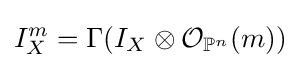
I_{X}^{m}=\Gamma (I_{X}\otimes {\mathcal {O}}_{\mathbb {P} ^{n}}(m))